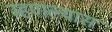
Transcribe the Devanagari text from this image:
म्हणल्यास